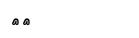
٨٢